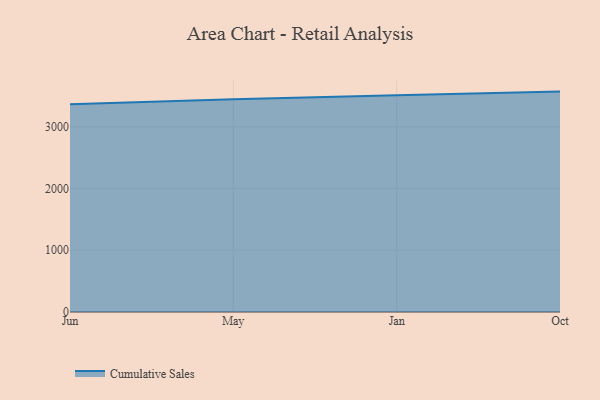
{"axis": {"x": "Month", "y": "Headcount"}, "legend": ["Cumulative Sales"], "data": [{"x": "Jun", "y": 3365.7, "type": "Cumulative Sales"}, {"x": "May", "y": 3448.4, "type": "Cumulative Sales"}, {"x": "Jan", "y": 3509.5, "type": "Cumulative Sales"}, {"x": "Oct", "y": 3570.5, "type": "Cumulative Sales"}]}